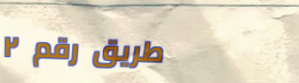
طريق رقم ٢